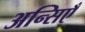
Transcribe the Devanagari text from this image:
अन्सिएँ